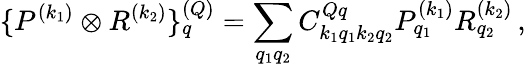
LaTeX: \{ P^{(k_{1})}\otimes{R^{(k_{2})}}\} _{q}^{(Q)}=\sum_{q_{1}q_{2}}C_{k_{1}q_{1}k_{2}q_{2}}^{Qq}P_{q_{1}}^{(k_{1})}R_{q_{2}}^{(k_{2})}\, ,